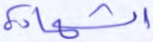
الشهادة